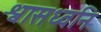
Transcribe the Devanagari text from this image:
श्वासध्वनि